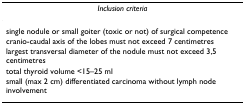
<table><thead><tr><td><b><i>Inclusion criteria</i></b></td></tr></thead><tbody><tr><td>single nodule or small goiter (toxic or not) of surgical competence</td></tr><tr><td>cranio-caudal axis of the lobes must not exceed 7 centimetres</td></tr><tr><td>largest transversal diameter of the nodule must not exceed 3,5 centimetres</td></tr><tr><td>total thyroid volume &lt;15–25 ml</td></tr><tr><td>small (max 2 cm) differentiated carcinoma without lymph node involvement</td></tr></tbody></table>